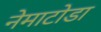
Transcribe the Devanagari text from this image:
नेमाटोडा